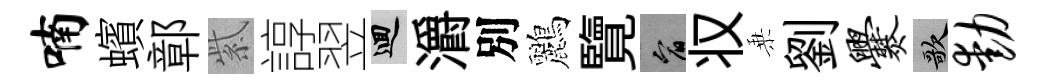
喃蠙鄣紫諄翌回灂別鸝覽宥𠬧乗劉爨歌动